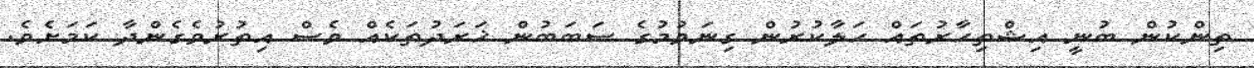
ތިންކުން ބުނީ އިޝްތިހާރުތައް ހަލާކުރުން ގިނަވުމުގެ ސަބަބުން ޚަރަދުތަކެއް ވެސް އިތުރުވެގެންދާ ކަމަށެވެ.